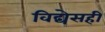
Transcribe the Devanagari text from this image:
विद्येसही